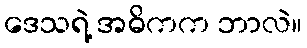
ဒေသရဲ့ အဓိကက ဘာလဲ။